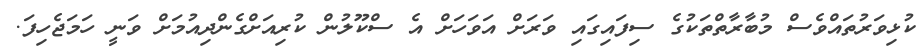
ކުޅިވަރުތައްވެސް މުބާރާތްތަކުގެ ސިފައިގައި ވަރަށް އަވަހަށް އެ ސްކޫލުން ކުރިއަަށްގެންދިއުމަށް ވަނީ ހަމަޖެހިފަ.